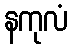
နကုလံ